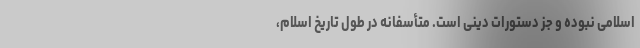
اسلامی نبوده و جز دستورات دینی است. متأسفانه در طول تاریخ اسلام،